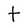
Character: t